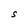
Character: S